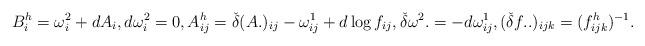
LaTeX: \begin{align*}B^h_i = \omega^2_i+ dA_i, d\omega^2_i=0, A^h_{ij}=\check{\delta} (A.)_{ij} - \omega^1_{ij} + d\log f_{ij}, \check{\delta}\omega^2. = - d\omega^1_{ij}, (\check{\delta} f..)_{ijk} = (f^h_{ijk})^{-1}.\end{align*}